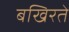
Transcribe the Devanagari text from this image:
बखिरते